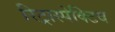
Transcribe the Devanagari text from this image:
रिट्रास्पेक्टिव